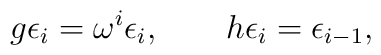
g\epsilon _i =\omega ^i \epsilon _i ,~~~~~~h\epsilon _i =\epsilon _{i-1},